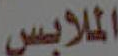
الملابس